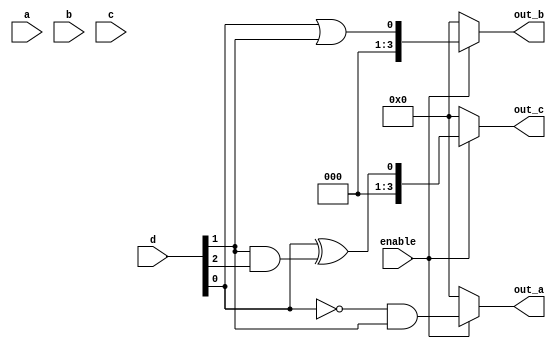
module combinational_logic_block (
    input wire[3:0] a,    // 4-bit input
    input wire[3:0] b,    // 4-bit input
    input wire[3:0] c,    // 4-bit input
    input wire[3:0] d,    // 4-bit input
    input wire enable,     // Enable signal
    output wire[3:0] out_a, // Output from LE1
    output wire[3:0] out_b, // Output from LE2
    output wire[3:0] out_c  // Output from LE3
);

// Lookup Table (LUT) implementation for Logic Elements (LEs)
function [3:0] lut1;
    input [3:0] in;
    begin
        // Example Function: NOT(a) AND b
        lut1 = ~in[0] & in[1];
    end
endfunction

function [3:0] lut2;
    input [3:0] in;
    begin
        // Example Function: a OR b
        lut2 = in[0] | in[1];
    end
endfunction

function [3:0] lut3;
    input [3:0] in;
    begin
        // Example Function: a XOR (b AND c)
        lut3 = in[0] ^ (in[1] & in[2]);
    end
endfunction

// Local variables to compute LUT outputs
wire [3:0] le1_out, le2_out, le3_out;

// Logic Elements (LEs) outputs based on LUT functions
assign le1_out = (enable) ? lut1({a, b, c, d}) : 4'b0000; // LE1 Output
assign le2_out = (enable) ? lut2({a, b, c, d}) : 4'b0000; // LE2 Output
assign le3_out = (enable) ? lut3({a, b, c, d}) : 4'b0000; // LE3 Output

// Assigning outputs
assign out_a = le1_out; // Connect LE1 output to out_a
assign out_b = le2_out; // Connect LE2 output to out_b
assign out_c = le3_out; // Connect LE3 output to out_c

endmodule